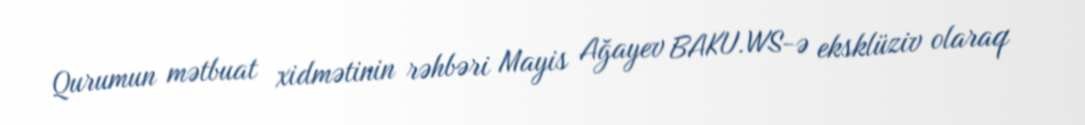
Qurumun mətbuat xidmətinin rəhbəri Mayis Ağayev BAKU.WS-ə eksklüziv olaraq